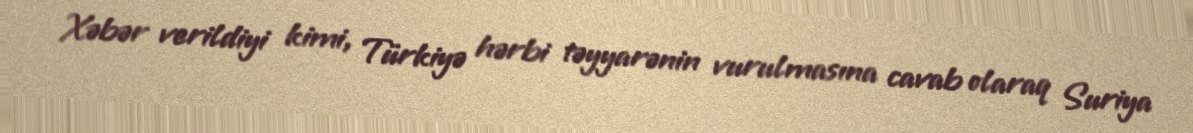
Xəbər verildiyi kimi, Türkiyə hərbi təyyarənin vurulmasına cavab olaraq Suriya